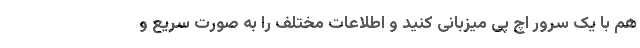
هم با یک سرور اچ پی میزبانی کنید و اطلاعات مختلف را به صورت سریع و